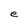
Character: e